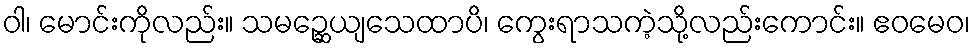
ဝါ၊ မောင်းကိုလည်း။ သမဉ္ဆေယျသေထာပိ၊ ကွေးရာသကဲ့သို့လည်းကောင်း။ ဧဝမေဝ၊